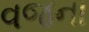
વજના